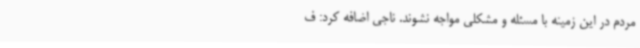
مردم در این زمینه با مسئله و مشکلی مواجه نشوند. ناجی اضافه کرد: ف